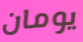
يومان